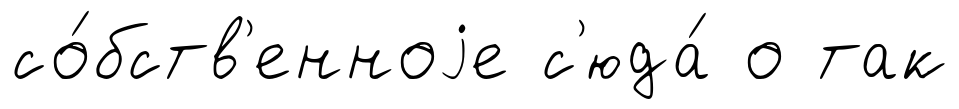
со́бств'енноjе с'юда́ о так